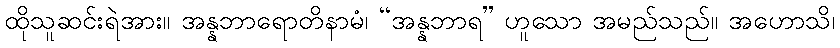
ထိုသူဆင်းရဲအား။ အန္နဘာရောတိနာမံ၊ “အန္နဘာရ” ဟူသော အမည်သည်။ အဟောသိ၊